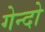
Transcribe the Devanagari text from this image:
गेन्दो